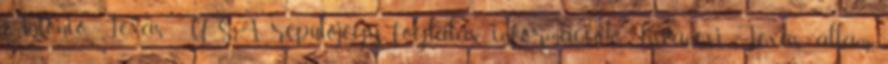
Antonio, Texas, USA repülőjegy foglalás információk Kíváncsi Texas állam